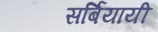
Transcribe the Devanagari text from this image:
सर्बियायी